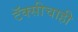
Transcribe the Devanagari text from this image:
टॅक्सीचाही